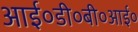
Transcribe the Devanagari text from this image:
आई०डी०बी०आई०